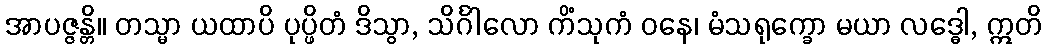
အာပဇ္ဇန္တိ။ တသ္မာ ယထာပိ ပုပ္ဖိတံ ဒိသွာ, သိင်္ဂါလော ကိံသုကံ ဝနေ၊ မံသရုက္ခော မယာ လဒ္ဓေါ, ဣတိ